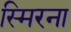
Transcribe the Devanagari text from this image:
स्मिरना